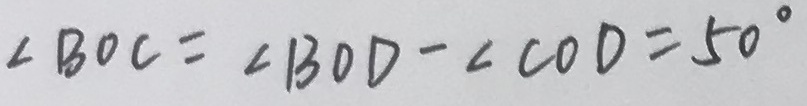
\angle B O C = \angle B O D - \angle C O D = 5 0 ^ { \circ }